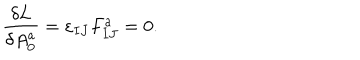
{ \frac { \delta L } { \delta A _ { 0 } ^ { a } } } = \varepsilon _ { I J } F _ { I J } ^ { a } = 0 .